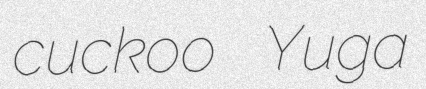
cuckoo Yuga